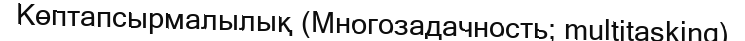
Көптапсырмалылық (Многозадачность; multitasking)